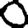
Digit: 0